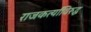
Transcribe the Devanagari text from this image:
राजकर्त्यांविरुद्ध